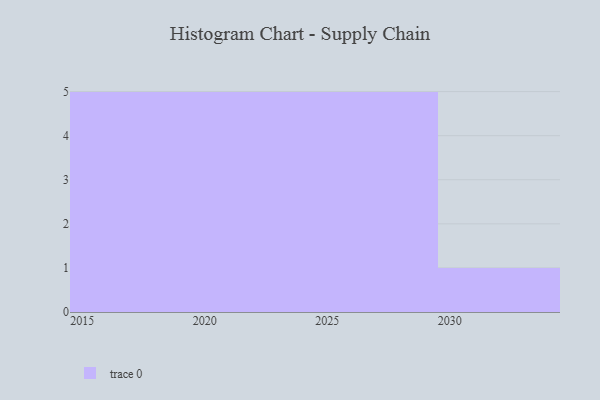
{"axis": {"x": "Year", "y": "Demand Index"}, "legend": [""], "data": [{"x": "2018", "y": 59, "type": ""}, {"x": "2030", "y": 71, "type": ""}, {"x": "2027", "y": 31, "type": ""}, {"x": "2026", "y": 8, "type": ""}, {"x": "2028", "y": 69, "type": ""}, {"x": "2021", "y": 60, "type": ""}, {"x": "2029", "y": 42, "type": ""}, {"x": "2017", "y": 31, "type": ""}, {"x": "2022", "y": 39, "type": ""}, {"x": "2015", "y": 67, "type": ""}, {"x": "2023", "y": 88, "type": ""}, {"x": "2025", "y": 39, "type": ""}, {"x": "2016", "y": 47, "type": ""}, {"x": "2024", "y": 18, "type": ""}, {"x": "2019", "y": 9, "type": ""}, {"x": "2020", "y": 24, "type": ""}]}